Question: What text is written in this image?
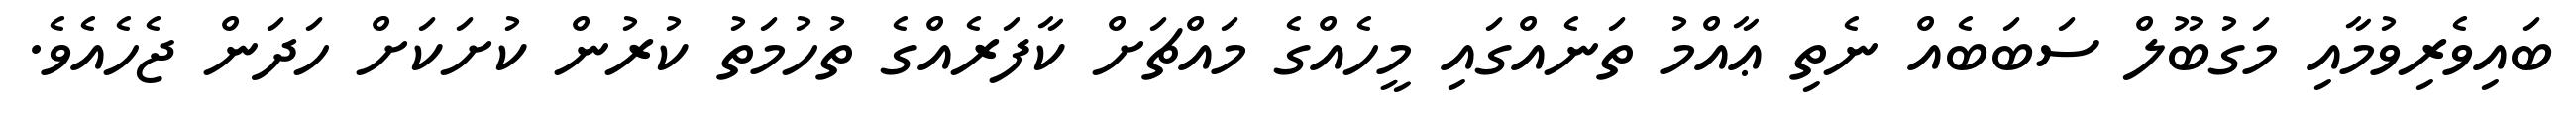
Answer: ބައިވެރިވުމާއި މަގުބޫލް ސަބަބެއް ނެތި ޢާއްމު ތަނެއްގައި މީހެއްގެ މައްޗަށް ކާފަރެއްގެ ތުހުމަތު ކުރުން ކުށަކަށް ހަދަން ޖެހެއެވެ.